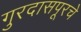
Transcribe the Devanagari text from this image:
गुरदासपूरचे